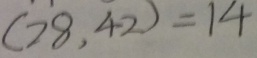
( 7 8 , 4 2 ) = 1 4